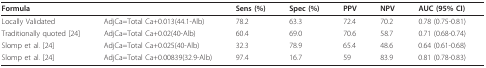
| <COLSPAN=2> Formula | Sens (%) | Spec (%) | PPV | NPV | AUC (95% CI) |
 | --- | --- | --- | --- | --- | --- | --- |
 | Locally Validated | AdjCa=Total Ca+0.013(44.1-Alb) | 78.2 | 63.3 | 72.4 | 70.2 | 0.78 (0.75-0.81) |
 | Traditionally quoted [24] | AdjCa=Total Ca+0.02(40-Alb) | 60.4 | 69.0 | 70.6 | 58.7 | 0.71 (0.68-0.74) |
 | Slomp et al. [24] | AdjCa=Total Ca+0.025(40-Alb) | 32.3 | 78.9 | 65.4 | 48.6 | 0.64 (0.61-0.68) |
 | Slomp et al. [24] | AdjCa=Total Ca+0.00839(32.9-Alb) | 97.4 | 16.7 | 59 | 83.9 | 0.81 (0.78-0.83) |